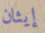
إيثان